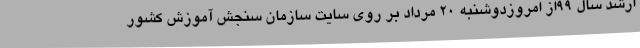
ارشد سال 99از امروزدوشنبه 20 مرداد بر روی سایت سازمان سنجش آموزش کشور